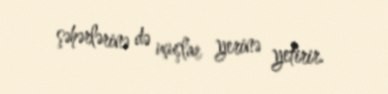
şəhərlərinə də uçuşlar yerinə yetirir.